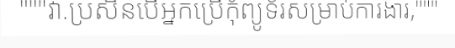
"""វា.ប្រសិនបើអ្នកប្រើកុំព្យូទ័រសម្រាប់ការងារ,"""